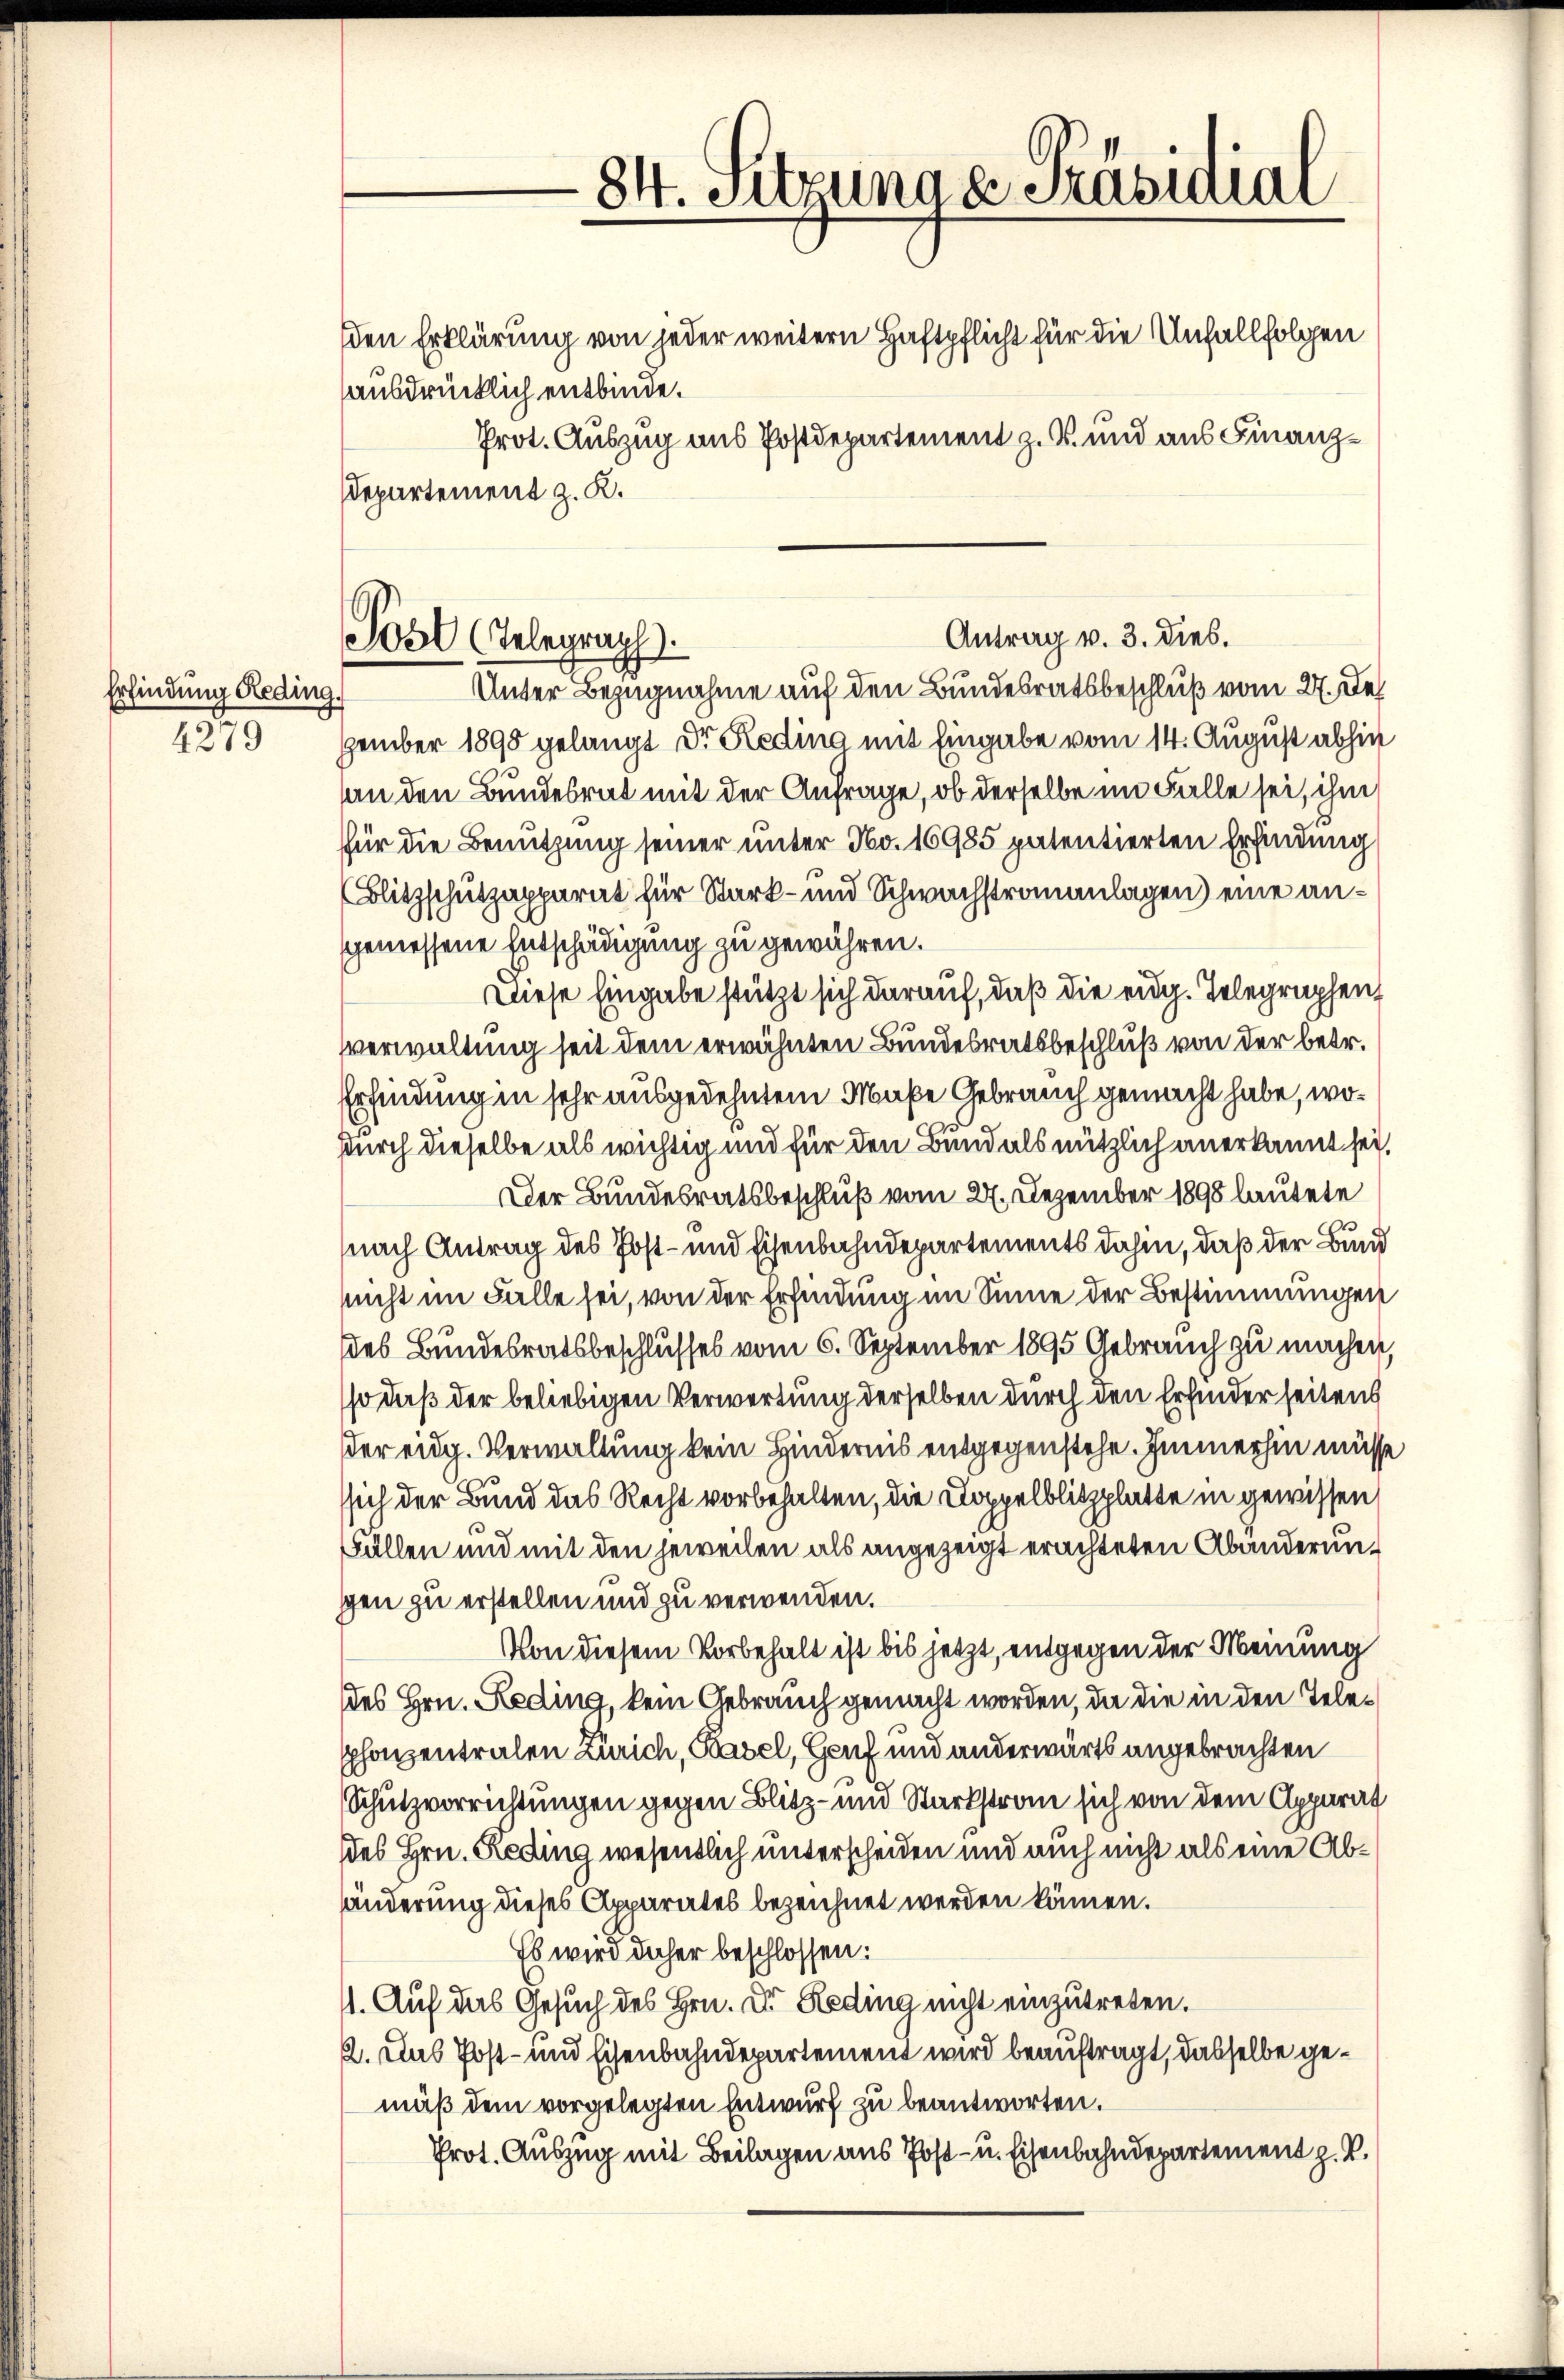
Erfindung Reding.
4279

den Erklärung von jeder weitern Haftpflicht für die Unfall folgen
ausdrücklich entbinde.
Prot. Auszug aus Postdepartement z. B. und aus Finanz¬
Departement z. K.

Antrag v. 3. dies.
Unter Bezugnahme auf den Bundesratsbeschluß vom 27. Dez
zember 1890 gelangt dr Reding mit Eingabe vom 14. August abhin
an den Bundesrat mit der Anfrage, ob derselbe im Falle sei, ihm
für die Benutzung seiner unter No. 16985 patentierten Erfindung
Blitzschutzapparat für Stark- und Schwachstromanlagen) eine angemessene Entschädigung zu gewähren.
Diese Eingabe stützt sich darauf, daß die eidg. Telegraphen,
verwaltung seit dem erwähnten Bundesratsbeschluß von der betr.
Erfindung in sehr ausgedehntem Maße Gebrauch gemacht habe, wodurch dieselbe als wichtig und für den Bund als nützlich anerkannt sei.
Der Bundesratsbeschluß vom 27. Dezember 1898 lautete
nach Antrag des Post- und Eisenbahndepartements dahin, daß der Bund
nicht im Falle sei, von der Erfindung im Sinne der Bestimmungen
des Bundesratsbeschlusses vom 6. September 1895 Gebrauch zu machen,
so daß der beliebigen Verwertung derselben durch den Erfinderseitens
der eidg. Verwaltung kein Hindernis entgegenstehe. Immerhin müsse
ssich der Bund das Recht vorbehalten, die Doppelblitzplatte in gewissen,
Fällen und mit den jeweilen als angezeigt erachteten Abänderung
gen zu erstellen und zu verwenden.
Von diesem Vorbehalt ist bis jetzt, entgegen der Meinung
des Hrn. Reding, kein Gebrauch gemacht worden, da die in den Telephonzentralen Zürich, Basel, Hanf und anderwärts angebrachten
Schutzvorrichtungen gegen Blitz- und Starkstran sich von dem Apparat
des Hrn. Reding wesentlich unterscheiden und auch nicht als eine Abänderung dieses Apparates bezeichnet werden können.
Es wird daher beschlossen:
1. Auf das Gesuch des Hrn. Dr. Heding nicht einzutreten.
2. Das Post- und Eisenbahndepartement wird beauftragt, dasselbe gemäß dem vorgelegten Entwurf zu beantworten.
Prot. Auszug mit Beilagen aus Post- u. Eisenbahndepartement z. B.

Post (Telegraph

84. Setzung v. Präsidial